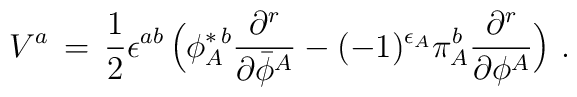
V^a\,=\,{1\over 2} \epsilon^{ab}\,\Big( \phi_A^{\ast\,b}{\partial^r \over \partial {\bar \phi}^A}  - (-1)^{\epsilon_A} \pi_A^b {\partial^r \over \partial \phi^A} \Big)\,\,.